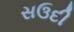
સઉદી